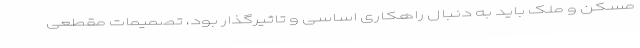
مسکن و ملک باید به دنبال راهکاری اساسی و تاثیرگذار بود، تصمیمات مقطعی